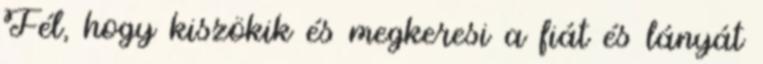
Fél, hogy kiszökik és megkeresi a fiát és lányát